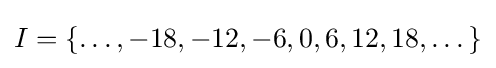
I=\{\dots ,-18,-12,-6,0,6,12,18,\dots \}